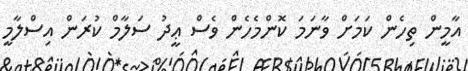
އާމީން ތިހެން ކަމަށް ވާނަމަ ކޮންމެހެން ވެސް ޢީދު ސަލާމް ކުރަން އިސްލާމީ